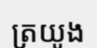
ត្រយូង